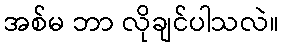
အစ်မ ဘာ လိုချင်ပါသလဲ။